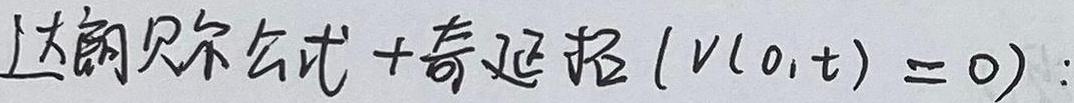
达朗贝尔公式+奇延拓$(v(0,t)=0):$